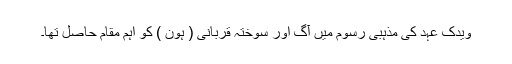
ویدک عہد کی مذہبی رسوم میں آگ اور سوختہ قربانی ( ہون ) کو اہم مقام حاصل تھا۔